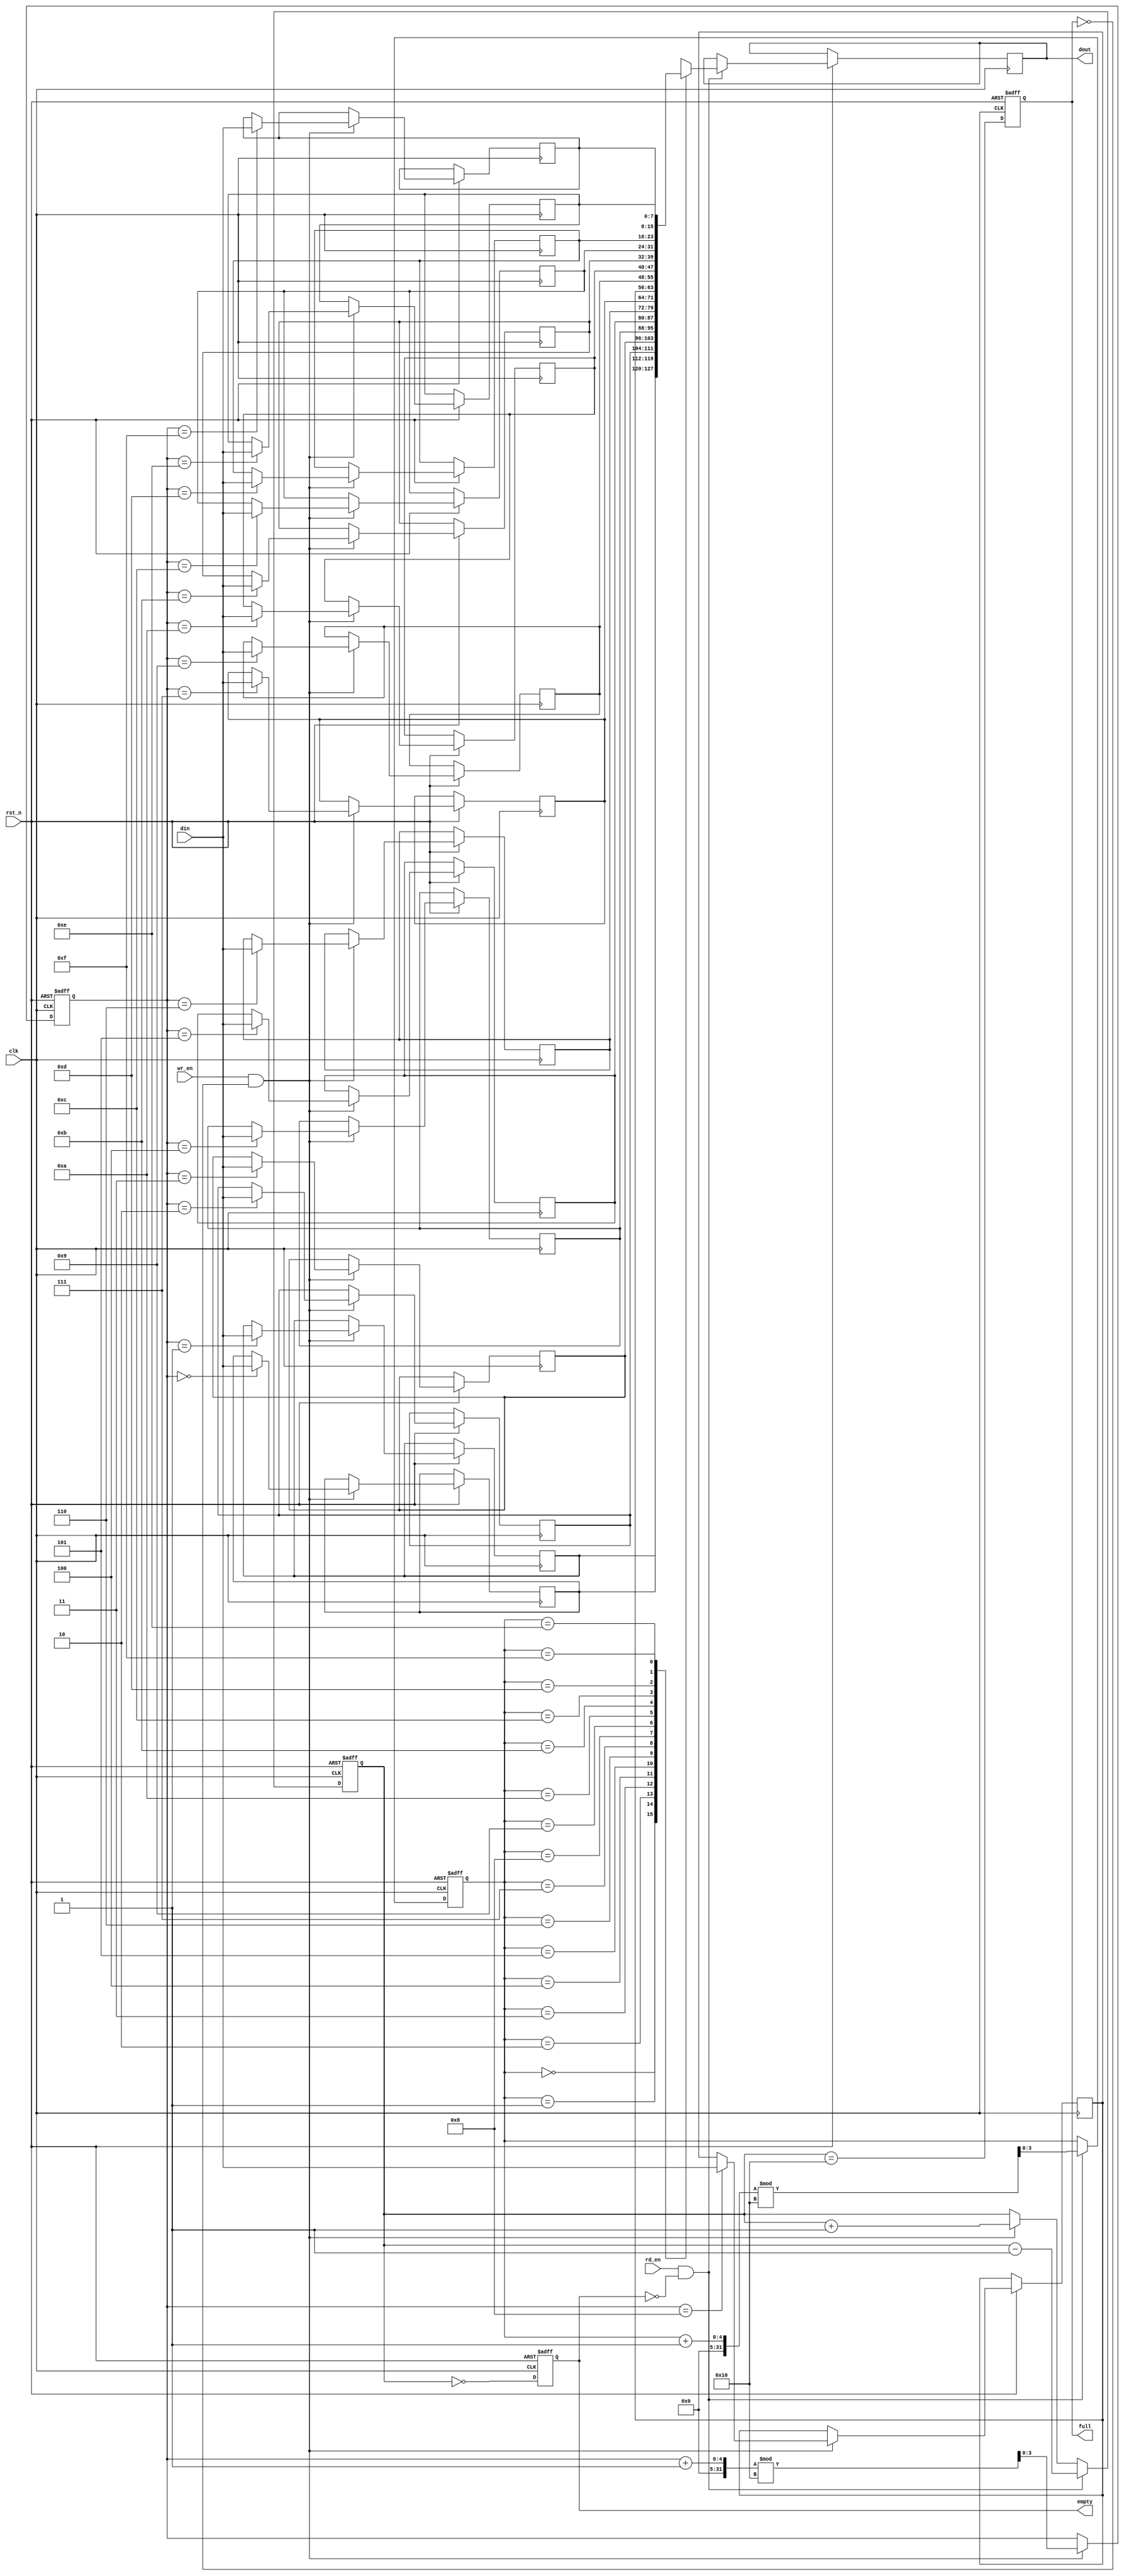
module parameterized_fifo #(
    parameter DATA_WIDTH = 8,      // Width of each data entry in bits
    parameter FIFO_DEPTH = 16       // Total number of entries (must be a power of two)
) (
    input wire clk,                 // Clock signal
    input wire rst_n,               // Asynchronous reset (active low)
    input wire wr_en,               // Write enable signal
    input wire rd_en,               // Read enable signal
    input wire [DATA_WIDTH-1:0] din,// Data input
    output reg [DATA_WIDTH-1:0] dout,// Data output
    output reg full,                // Full flag
    output reg empty                // Empty flag
);

    // Internal memory array
    reg [DATA_WIDTH-1:0] fifo_mem [0:FIFO_DEPTH-1];
    
    // Pointers for read and write operations
    reg [$clog2(FIFO_DEPTH)-1:0] wr_ptr; // Write pointer
    reg [$clog2(FIFO_DEPTH)-1:0] rd_ptr; // Read pointer
    reg [$clog2(FIFO_DEPTH):0] count;     // Count of entries in FIFO

    // Asynchronous reset
    always @(posedge clk or negedge rst_n) begin
        if (!rst_n) begin
            wr_ptr <= 0;
            rd_ptr <= 0;
            count <= 0;
            full <= 0;
            empty <= 1;
        end else begin
            // Write operation
            if (wr_en && !full) begin
                fifo_mem[wr_ptr] <= din; // Write data to FIFO
                wr_ptr <= (wr_ptr + 1) % FIFO_DEPTH; // Increment write pointer
                count <= count + 1; // Increment count
            end
            
            // Read operation
            if (rd_en && !empty) begin
                dout <= fifo_mem[rd_ptr]; // Read data from FIFO
                rd_ptr <= (rd_ptr + 1) % FIFO_DEPTH; // Increment read pointer
                count <= count - 1; // Decrement count
            end
            
            // Update full and empty flags
            full <= (count == FIFO_DEPTH);
            empty <= (count == 0);
        end
    end

endmodule